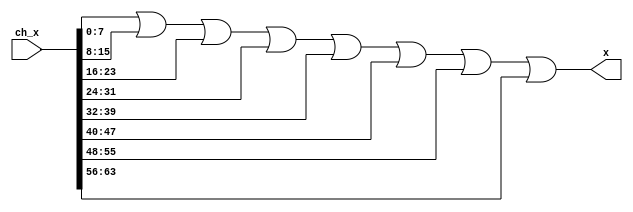
// This program was cloned from: https://github.com/3442/conspiracion
// License: GNU General Public License v3.0

// verilator lint_off WIDTHEXPAND
// verilator lint_off WIDTHTRUNC
/////////////////////////////////////////////////////////////////////
////                                                             ////
////          eyal@provartec.com                                 ////
////                                                             ////
////  Downloaded from: http://www.opencores.org                  ////
/////////////////////////////////////////////////////////////////////
////                                                             ////
//// Copyright (C) 2010 Provartec LTD                            ////
//// www.provartec.com                                           ////
//// info@provartec.com                                          ////
////                                                             ////
//// This source file may be used and distributed without        ////
//// restriction provided that this copyright statement is not   ////
//// removed from the file and that any derivative work contains ////
//// the original copyright notice and the associated disclaimer.////
////                                                             ////
//// This source file is free software; you can redistribute it  ////
//// and/or modify it under the terms of the GNU Lesser General  ////
//// Public License as published by the Free Software Foundation.////
////                                                             ////
//// This source is distributed in the hope that it will be      ////
//// useful, but WITHOUT ANY WARRANTY; without even the implied  ////
//// warranty of MERCHANTABILITY or FITNESS FOR A PARTICULAR     ////
//// PURPOSE.  See the GNU Lesser General Public License for more////
//// details. http://www.gnu.org/licenses/lgpl.html              ////
////                                                             ////
/////////////////////////////////////////////////////////////////////
//---------------------------------------------------------
//-- File generated by RobustVerilog parser
//-- Version: 1.0
//-- Invoked Fri Mar 25 23:34:52 2011
//--
//-- Source file: prgen_or.v
//---------------------------------------------------------


  
module prgen_or8(ch_x,x);

   parameter                  WIDTH      = 8;
   
   
   input [8*WIDTH-1:0]     ch_x;
   output [WIDTH-1:0]           x;
   

   assign x = 
        ch_x[WIDTH-1+WIDTH*0:WIDTH*0] |
        ch_x[WIDTH-1+WIDTH*1:WIDTH*1] |
        ch_x[WIDTH-1+WIDTH*2:WIDTH*2] |
        ch_x[WIDTH-1+WIDTH*3:WIDTH*3] |
        ch_x[WIDTH-1+WIDTH*4:WIDTH*4] |
        ch_x[WIDTH-1+WIDTH*5:WIDTH*5] |
        ch_x[WIDTH-1+WIDTH*6:WIDTH*6] |
        ch_x[WIDTH-1+WIDTH*7:WIDTH*7] ;
   
endmodule
   


// verilator lint_on WIDTHEXPAND
// verilator lint_on WIDTHTRUNC